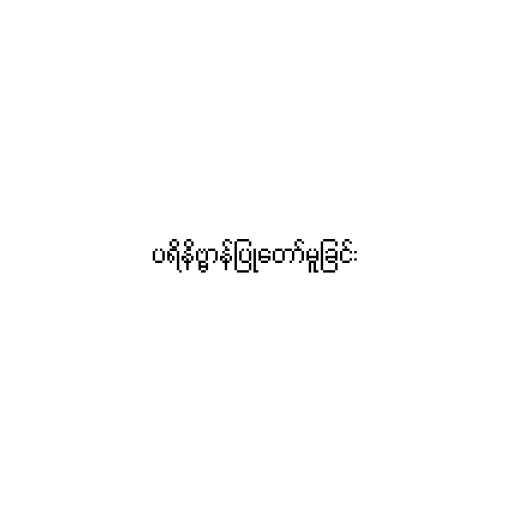
ပရိနိဗ္ဗာန်ပြုတော်မူခြင်း